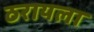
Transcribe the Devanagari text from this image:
ठरायला